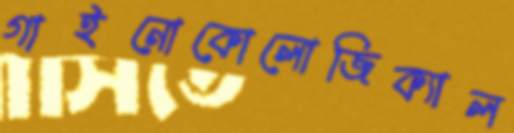
গাইনোকোলোজিক্যাল